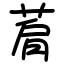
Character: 菺